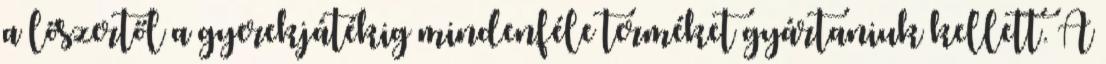
a lőszertől a gyerekjátékig mindenféle terméket gyártaniuk kellett. A